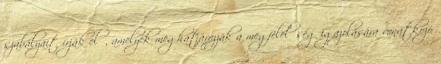
szabályait írják elő, amelyek meghatározzák a megfelelőség igazolására vonatkozó